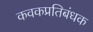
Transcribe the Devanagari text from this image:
कवकप्रतिबंधक